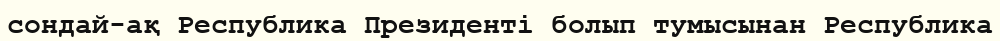
сондай-ақ Республика Президенті болып тумысынан Республика